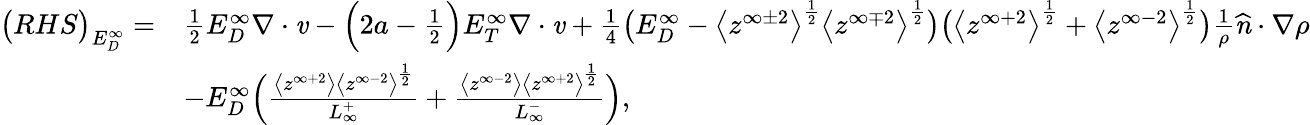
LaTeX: \begin{array}{rl}{\big(RHS\big)_{E_{D}^{\infty}}=}&{\frac{1}{2}E_{D}^{\infty}\mathbf{\nabla}\cdot\textbf{\emph{v}}-\Big(2a-\frac{1}{2}\Big)E_{T}^{\infty}\mathbf{\nabla}\cdot\textbf{\emph{v}}+\frac{1}{4}\big(E_{D}^{\infty}-\big<z^{\infty\pm 2}\big>^{\frac{1}{2}}\big<z^{\infty\mp 2}\big>^{\frac{1}{2}}\big)\big(\big<z^{\infty+2}\big>^{\frac{1}{2}}+\big<z^{\infty-2}\big>^{\frac{1}{2}}\big)\frac{1}{\rho}\textbf{\emph{\^ n}}\cdot\mathbf{\nabla}\rho}\\ &{-E_{D}^{\infty}\Big(\frac{\big<z^{\infty+2}\big>\big<z^{\infty-2}\big>^{\frac{1}{2}}}{L_{\infty}^{+}}+\frac{\big<z^{\infty-2}\big>\big<z^{\infty+2}\big>^{\frac{1}{2}}}{L_{\infty}^{-}}\Big),}\end{array}